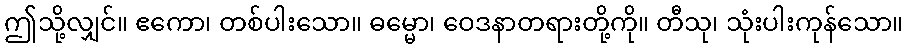
ဤသို့လျှင်။ ဧကော၊ တစ်ပါးသော။ ဓမ္မော၊ ဝေဒနာတရားတို့ကို။ တီသု၊ သုံးပါးကုန်သော။